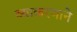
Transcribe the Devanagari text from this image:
व्याकरणाने